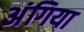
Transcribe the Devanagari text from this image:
अंगिया